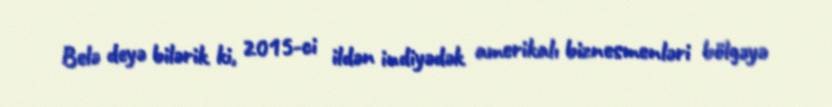
Belə deyə bilərik ki, 2015-ci ildən indiyədək amerikalı biznesmenləri bölgəyə